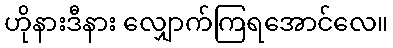
ဟိုနားဒီနား လျှောက်ကြရအောင်လေ။